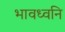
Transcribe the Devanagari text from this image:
भावध्वनि